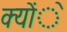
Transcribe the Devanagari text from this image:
क्योंे